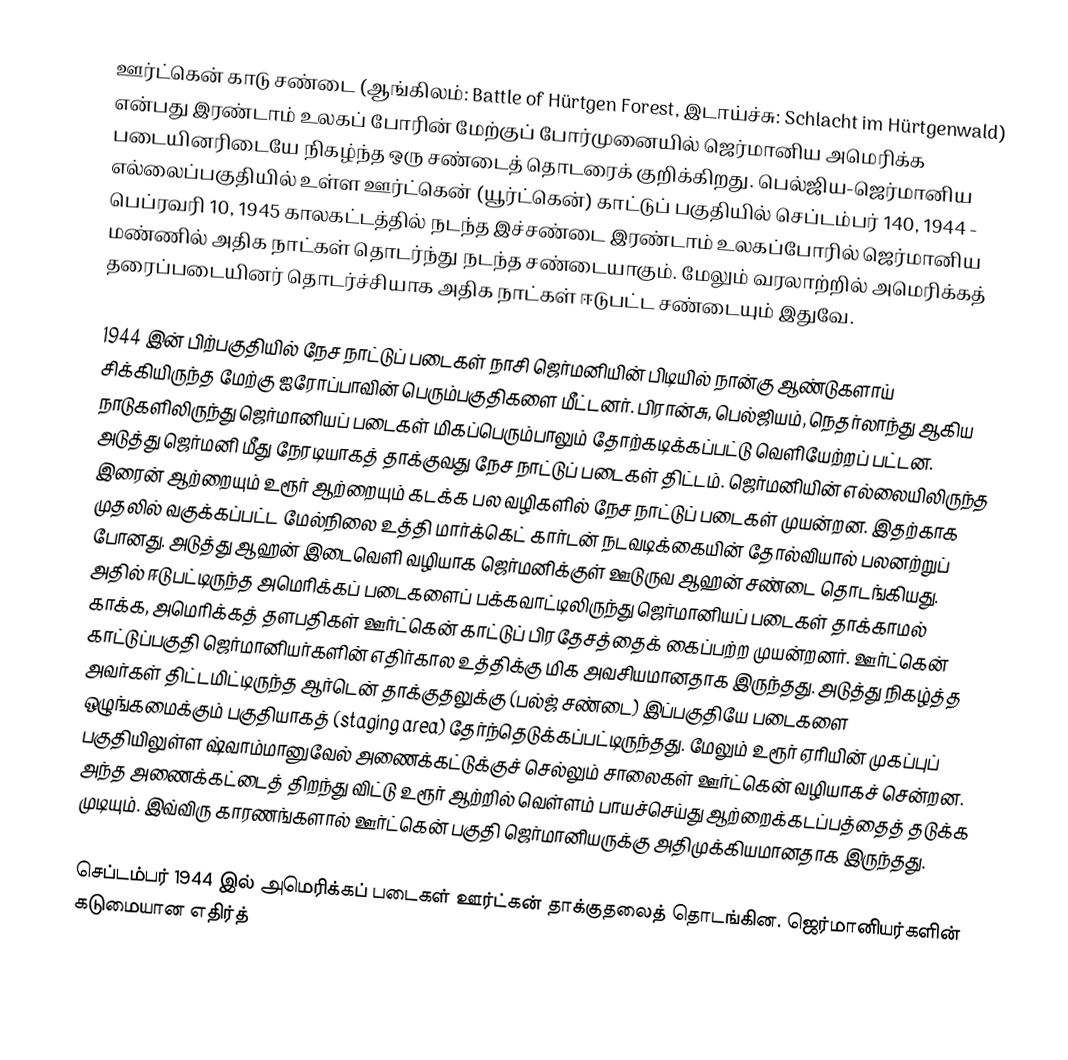
ஊர்ட்கென் காடு சண்டை (ஆங்கிலம்: Battle of Hürtgen Forest, இடாய்ச்சு: Schlacht im Hürtgenwald) என்பது இரண்டாம் உலகப் போரின் மேற்குப் போர்முனையில்  ஜெர்மானிய அமெரிக்க படையினரிடையே நிகழ்ந்த ஒரு சண்டைத் தொடரைக் குறிக்கிறது. பெல்ஜிய-ஜெர்மானிய எல்லைப்பகுதியில் உள்ள ஊர்ட்கென் (யூர்ட்கென்) காட்டுப் பகுதியில் செப்டம்பர் 140, 1944 - பெப்ரவரி 10, 1945 காலகட்டத்தில் நடந்த இச்சண்டை இரண்டாம் உலகப்போரில் ஜெர்மானிய மண்ணில் அதிக நாட்கள் தொடர்ந்து நடந்த சண்டையாகும். மேலும் வரலாற்றில் அமெரிக்கத் தரைப்படையினர் தொடர்ச்சியாக அதிக நாட்கள் ஈடுபட்ட சண்டையும் இதுவே.

1944 இன் பிற்பகுதியில் நேச நாட்டுப் படைகள் நாசி ஜெர்மனியின் பிடியில் நான்கு ஆண்டுகளாய் சிக்கியிருந்த மேற்கு ஐரோப்பாவின் பெரும்பகுதிகளை மீட்டனர். பிரான்சு, பெல்ஜியம், நெதர்லாந்து ஆகிய நாடுகளிலிருந்து ஜெர்மானியப் படைகள் மிகப்பெரும்பாலும் தோற்கடிக்கப்பட்டு வெளியேற்றப் பட்டன. அடுத்து ஜெர்மனி மீது நேரடியாகத் தாக்குவது நேச நாட்டுப் படைகள் திட்டம். ஜெர்மனியின் எல்லையிலிருந்த இரைன் ஆற்றையும் உரூர் ஆற்றையும் கடக்க பல வழிகளில் நேச நாட்டுப் படைகள் முயன்றன. இதற்காக முதலில் வகுக்கப்பட்ட மேல்நிலை உத்தி மார்க்கெட் கார்டன் நடவடிக்கையின் தோல்வியால் பலனற்றுப் போனது. அடுத்து ஆஹன் இடைவெளி வழியாக ஜெர்மனிக்குள் ஊடுருவ ஆஹன் சண்டை தொடங்கியது. அதில் ஈடுபட்டிருந்த அமெரிக்கப் படைகளைப் பக்கவாட்டிலிருந்து ஜெர்மானியப் படைகள் தாக்காமல் காக்க, அமெரிக்கத் தளபதிகள் ஊர்ட்கென் காட்டுப் பிரதேசத்தைக் கைப்பற்ற முயன்றனர். ஊர்ட்கென் காட்டுப்பகுதி ஜெர்மானியர்களின் எதிர்கால உத்திக்கு மிக அவசியமானதாக இருந்தது. அடுத்து நிகழ்த்த அவர்கள் திட்டமிட்டிருந்த ஆர்டென் தாக்குதலுக்கு (பல்ஜ் சண்டை) இப்பகுதியே படைகளை ஒழுங்கமைக்கும் பகுதியாகத் (staging area) தேர்ந்தெடுக்கப்பட்டிருந்தது. மேலும் உரூர் ஏரியின் முகப்புப் பகுதியிலுள்ள ஷ்வாம்மானுவேல் அணைக்கட்டுக்குச் செல்லும் சாலைகள் ஊர்ட்கென் வழியாகச் சென்றன. அந்த அணைக்கட்டைத் திறந்து விட்டு உரூர் ஆற்றில் வெள்ளம் பாயச்செய்து ஆற்றைக்கடப்பத்தைத் தடுக்க முடியும். இவ்விரு காரணங்களால் ஊர்ட்கென் பகுதி ஜெர்மானியருக்கு அதிமுக்கியமானதாக இருந்தது.

செப்டம்பர் 1944 இல் அமெரிக்கப் படைகள் ஊர்ட்கன் தாக்குதலைத் தொடங்கின. ஜெர்மானியர்களின் கடுமையான எதிர்த்